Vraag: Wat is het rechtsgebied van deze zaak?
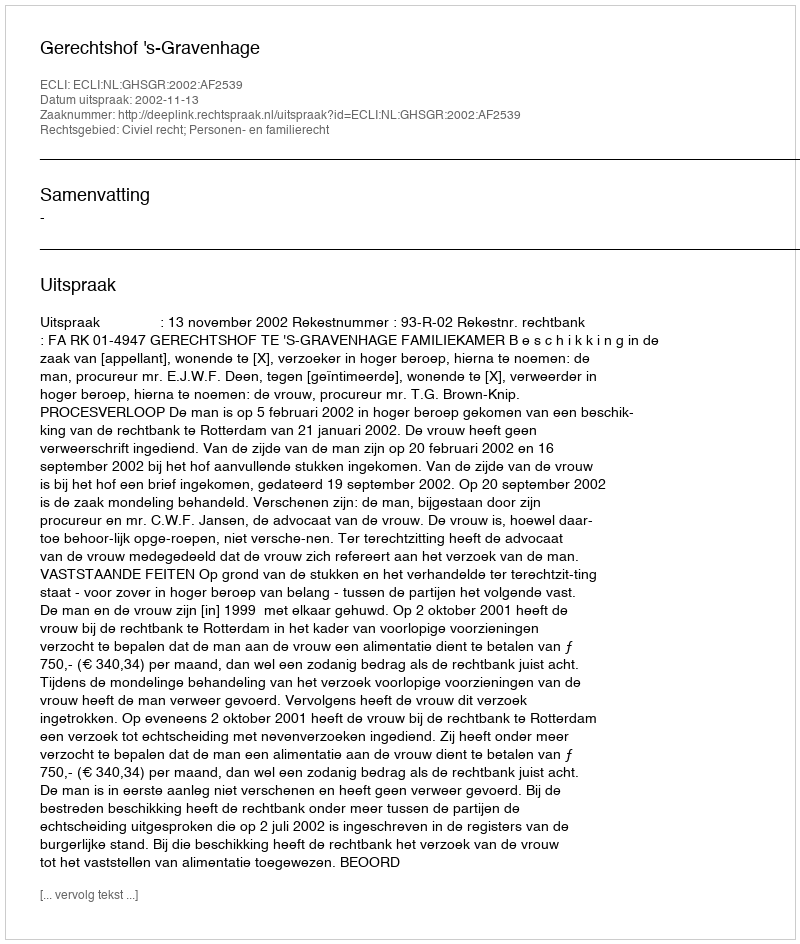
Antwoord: Civiel recht; Personen- en familierecht